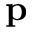
\mathbf { p }